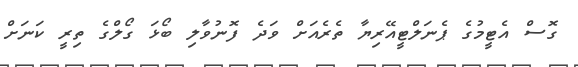
ގޮސް އެޓީމުގެ ޕެނަލްޓީއޭރިޔާ ތެރެއަށް ވަދެ ފޮނުވާލި ބޯޅަ ގޯލްގެ ތިރީ ކަނަށް